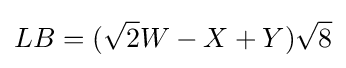
LB=({\sqrt {2}}W-X+Y){\sqrt {8}}